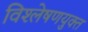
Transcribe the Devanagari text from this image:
विश्लेषणयुक्त